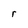
Character: r